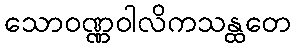
သောဝဏ္ဏဝါလိကသန္ထတေ